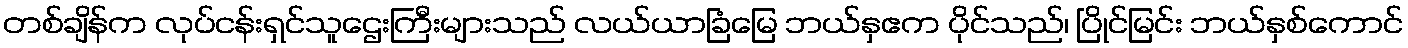
တစ်ချိန်က လုပ်ငန်းရှင်သူဌေးကြီးများသည် လယ်ယာခြံမြေ ဘယ်နှဧက ပိုင်သည်၊ ပြိုင်မြင်း ဘယ်နှစ်ကောင်